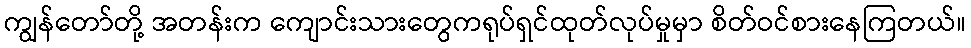
ကျွန်တော်တို့ အတန်းက ကျောင်းသားတွေကရုပ်ရှင်ထုတ်လုပ်မှုမှာ စိတ်ဝင်စားနေကြတယ်။